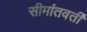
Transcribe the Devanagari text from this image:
सीमांतवर्ती